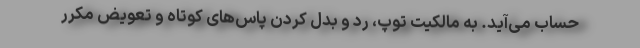
حساب می‌آید. به مالکیت توپ، رد و بدل کردن پاس‌های کوتاه و تعویض مکرر